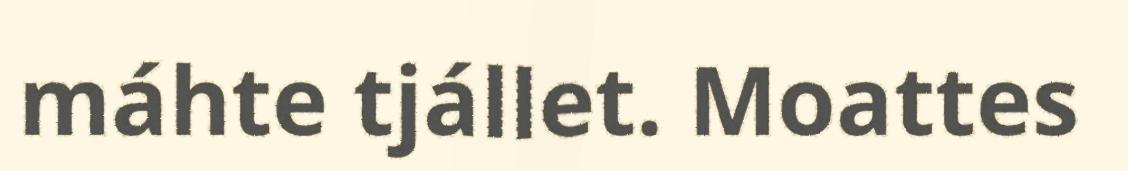
máhte tjállet. Moattes